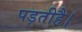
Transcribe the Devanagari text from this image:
पड़तीहै।